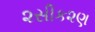
૨સીક૨ણ